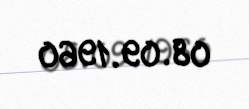
08.09.1960